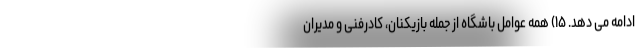
ادامه می دهد. ۱۵) همه عوامل باشگاه از جمله بازیکنان، کادرفنی و مدیران